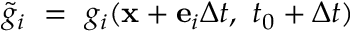
\tilde { g } _ { i } ~ = ~ g _ { i } ( \mathbf { x } + \mathbf { e } _ { i } \Delta t , \ t _ { 0 } + \Delta t )